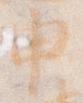
申